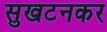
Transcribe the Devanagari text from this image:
सुखटनकर